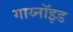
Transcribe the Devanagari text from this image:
गाय्नॉइड